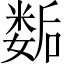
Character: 𡢐